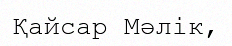
Қайсар Мәлік,